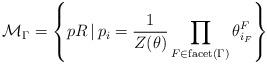
LaTeX: \begin{align*}\mathcal{M}_{\Gamma} = \left\lbrace p R \, \vert \, p_{i} = \dfrac{1}{Z(\theta)} \prod\limits_{F \in \mathrm{facet}(\Gamma)} \theta^{F}_{i_{F}} \right\rbrace\end{align*}